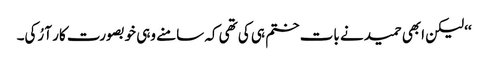
‘‘ لیکن ابھی حمید نے بات ختم ہی کی تھی کہ سامنے وہی خوبصورت کار آ رُکی۔